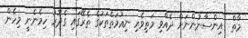
މާތް  އިންސާނުންނަށް ދެއްވި މަތިވެރި ނިޢުމަތްތަކުގެ ތެރޭގައި ގެދޮރު ހިމެނެނީ މިހެން